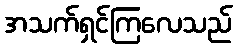
အသက်ရှင်ကြလေသည်